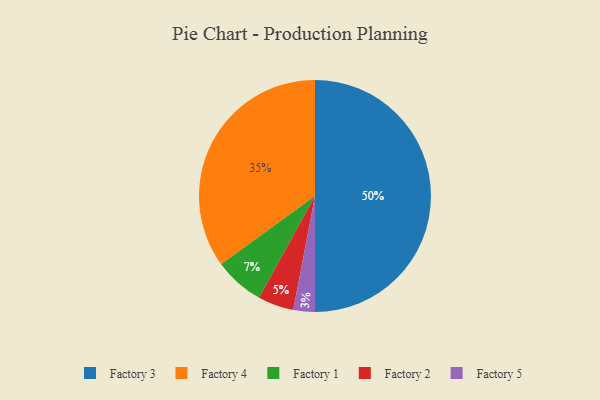
{"axis": {"x": "Category", "y": "Percentage"}, "legend": ["Factory 1", "Factory 2", "Factory 3", "Factory 4", "Factory 5"], "data": [{"x": "Factory 4", "y": 35, "type": "Factory 4"}, {"x": "Factory 5", "y": 3, "type": "Factory 5"}, {"x": "Factory 1", "y": 7, "type": "Factory 1"}, {"x": "Factory 2", "y": 5, "type": "Factory 2"}, {"x": "Factory 3", "y": 50, "type": "Factory 3"}]}